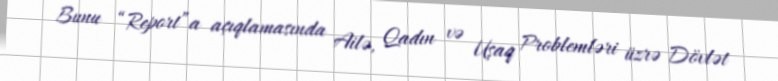
Bunu “Report”a açıqlamasında Ailə, Qadın və Uşaq Problemləri üzrə Dövlət